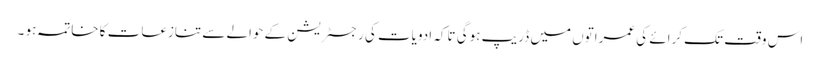
اس وقت تک کرائے کی عمراتوں میں ڈریپ ہوگی تاکہ ادویات کی رجسٹریشن کے حوالے سے تنازعات کا خاتمہ ہو ۔